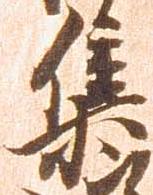
集